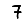
Digit: 7